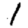
Digit: 1